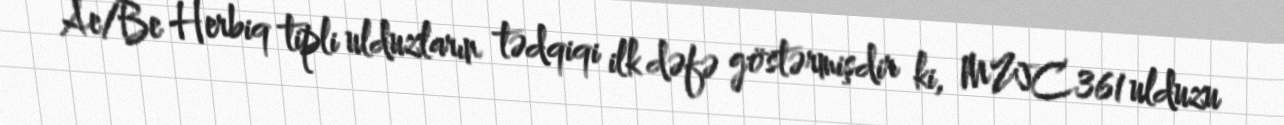
- Ae/Be Herbiq tipli ulduzların tədqiqi ilk dəfə göstərmişdir ki, MWC361 ulduzu